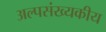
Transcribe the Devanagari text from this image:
अल्पसंख्यकीय